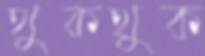
থুকথুক